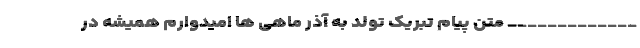
_____________ متن پیام تبریک تولد به آذر ماهی ها امیدوارم همیشه در